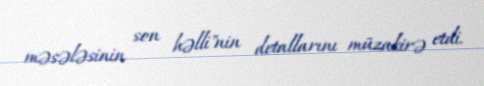
məsələsinin son həlli"nin detallarını müzakirə etdi.